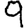
Digit: 9